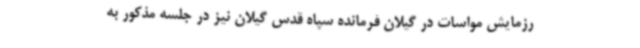
رزمایش مواسات در گیلان فرمانده سپاه قدس گیلان نیز در جلسه مذکور به